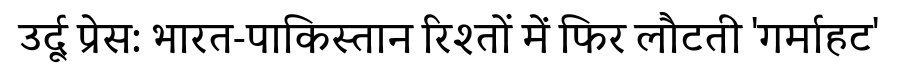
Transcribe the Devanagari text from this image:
उर्दू प्रेस: भारत-पाकिस्तान रिश्तों में फिर लौटती 'गर्माहट'